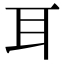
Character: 耳